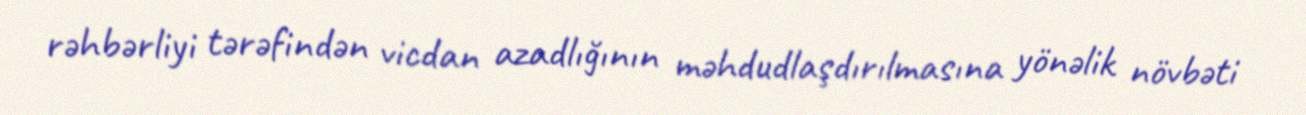
rəhbərliyi tərəfindən vicdan azadlığının məhdudlaşdırılmasına yönəlik növbəti